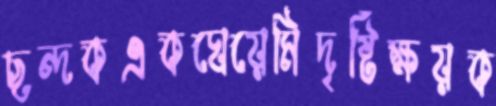
ছন্দকএকঘেয়েমিদৃষ্টিক্ষয়ক